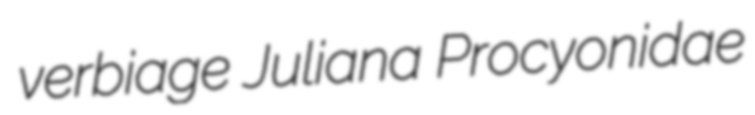
verbiage Juliana Procyonidae